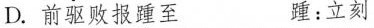
D.前驱败报\underset{·}{踵} 至 踵：立刻